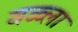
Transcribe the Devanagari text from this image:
वळ्ला